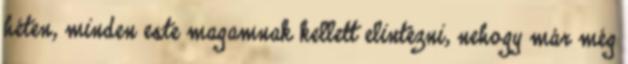
héten, minden este magamnak kellett elintézni, nehogy már még